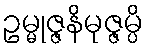
ဥမ္မုဇ္ဇနိမုဇ္ဇမ္ပိ